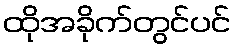
ထိုအခိုက်တွင်ပင်